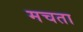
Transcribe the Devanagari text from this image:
मचता